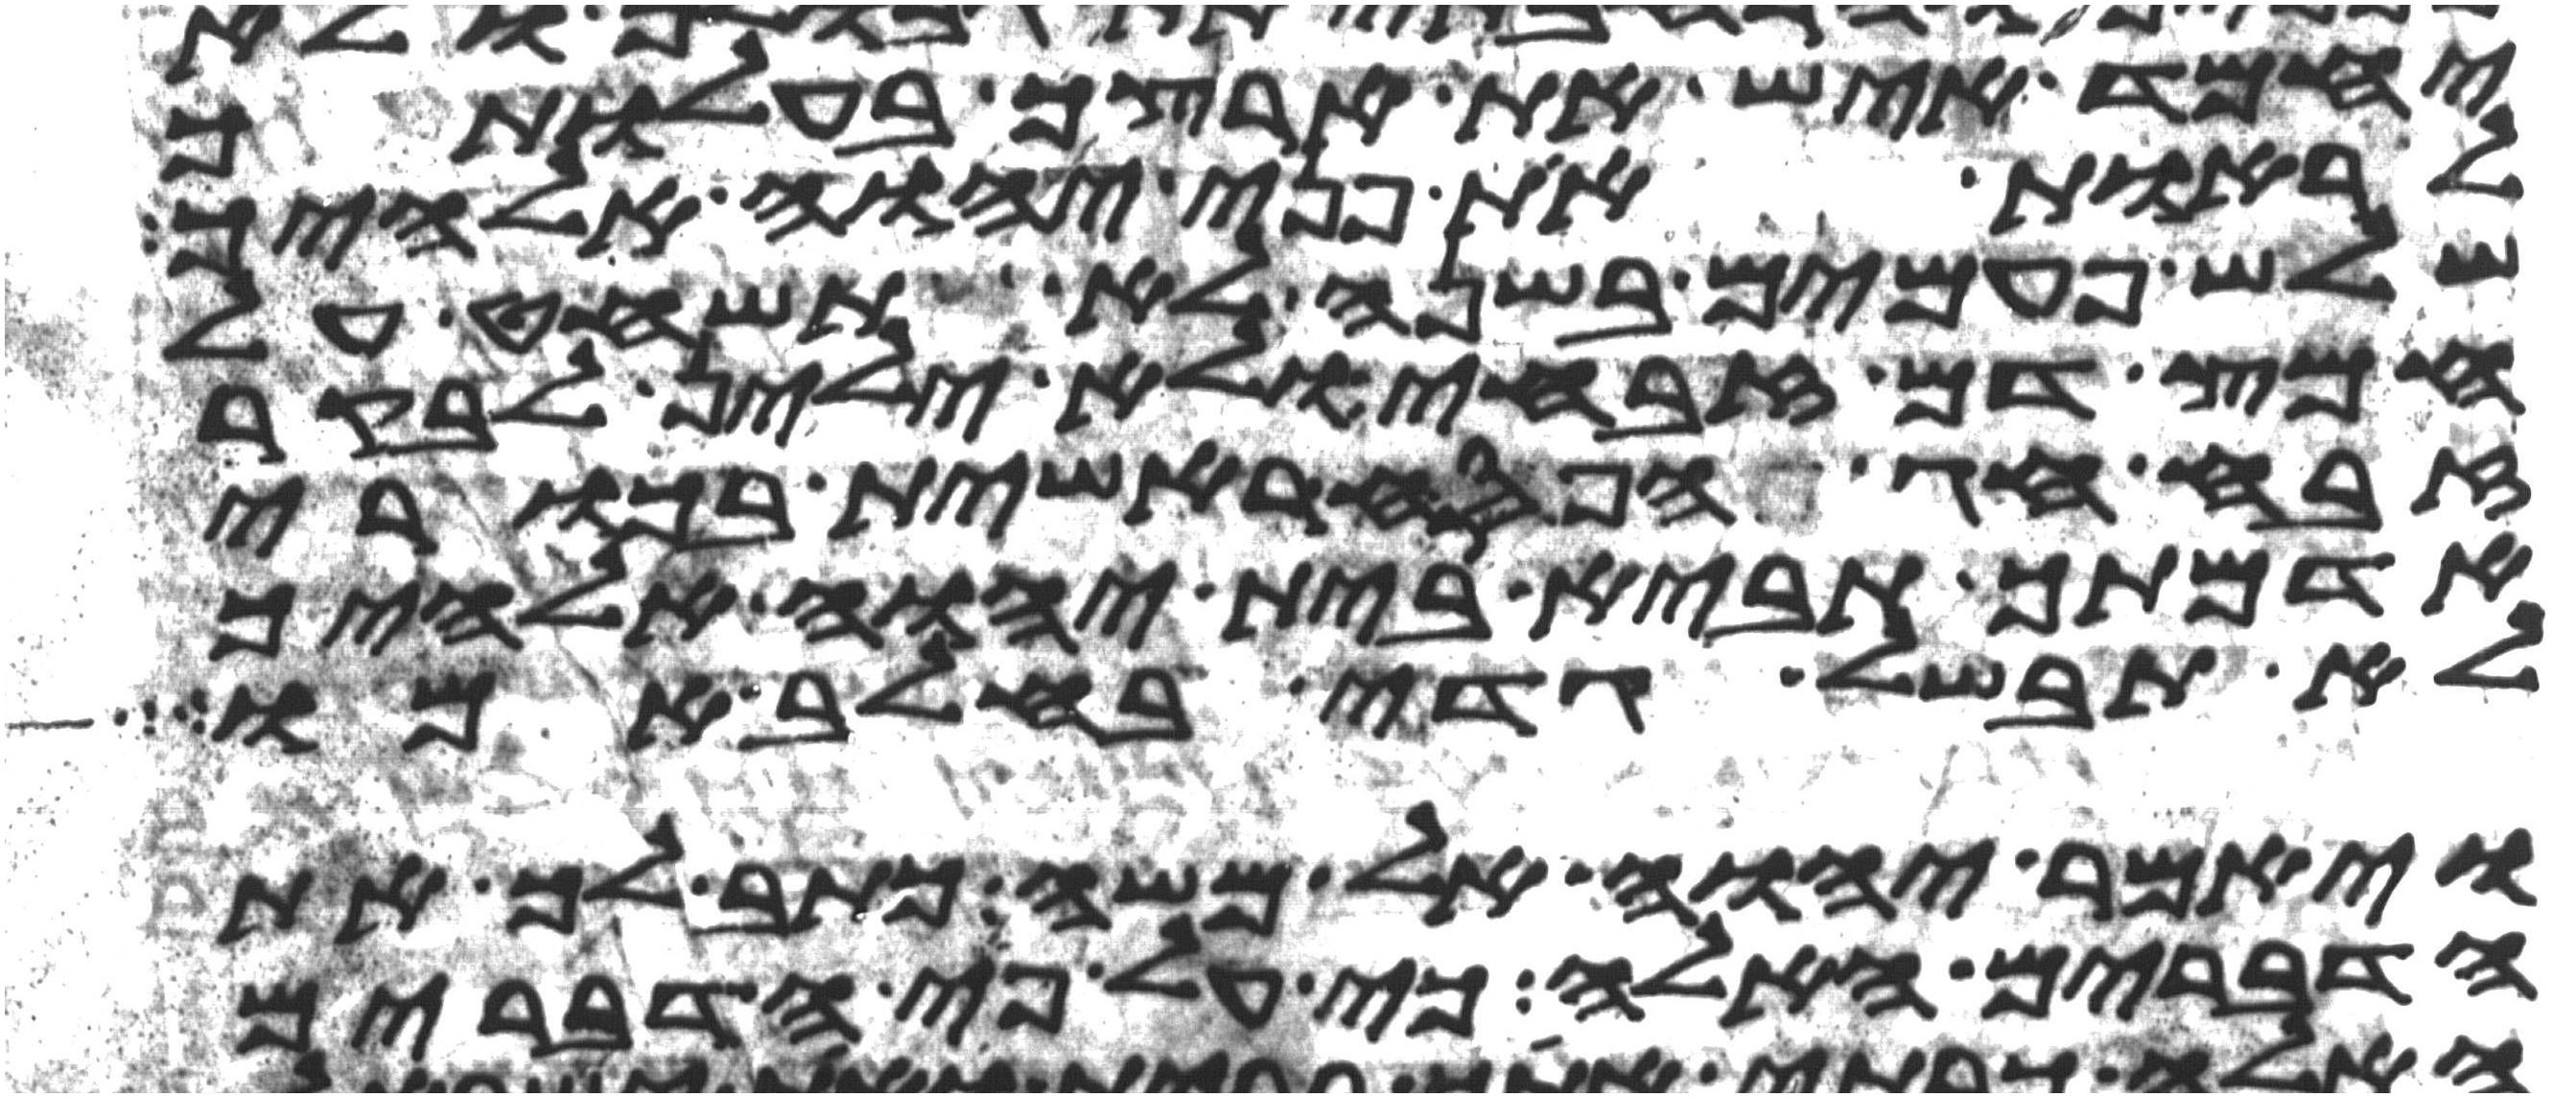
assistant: יחמד איש את ארצך בהעלותך
להראות את פני יהוה אלהיך
שלש פעמים בשנה לא תשחט על
חמץ דם זבחי ולא ילין לבקר
זבח חג הפסח ראשית בכורי
אדמתך תביא בית יהוה אלהיך
לא תבשל גדי בחלב אמו
ויאמר יהוה אל משה כתב לך את
הדברים האלה כי על פי הדברים